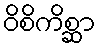
ဝိစိကိစ္ဆာ